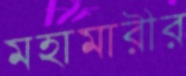
মহামারীর